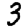
Digit: 3